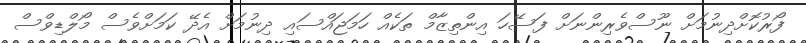
ފޯރުކޮށްދިނުމަށް ނޫސްވެރިންނަށް ފަސޭހަ އިންތިޒާމް ތަކެއް ހަމަޖައްސައި ދިނުމަށް އެދޭ ކަމަށްވެސް މޯލްޑިވްސް